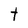
Character: t